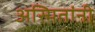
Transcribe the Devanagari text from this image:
अस्मितांनी